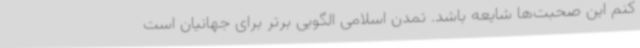
کنم این صحبت‌ها شایعه باشد. تمدن اسلامی الگویی برتر برای جهانیان است